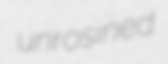
unrosined